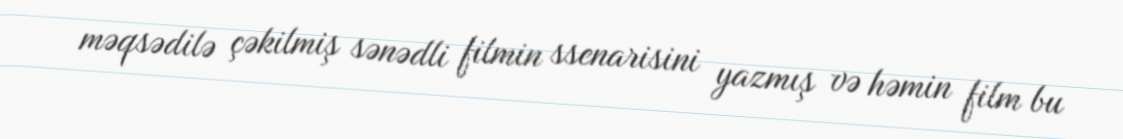
məqsədilə çəkilmiş sənədli filmin ssenarisini yazmış və həmin film bu